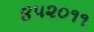
૪૫૨૦૧૧